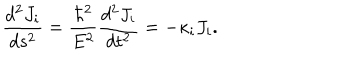
LaTeX: \frac { d ^ { 2 } J _ { i } } { d s ^ { 2 } } = \frac { \hbar ^ { 2 } } { E ^ { 2 } } \frac { d ^ { 2 } J _ { i } } { d t ^ { 2 } } = - \kappa _ { i } J _ { i } .